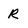
Character: R